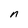
Character: n